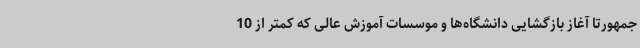
جمهورتا آغاز بازگشایی دانشگاه‌ها و موسسات آموزش عالی که کمتر از 10